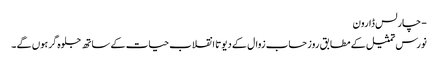
- چارلس ڈارون
نورس تمثیل کے مطابق روز حساب زوال کے دیوتا انقلاب حیات کے ساتھ جلوہ گر ہوں گے ۔